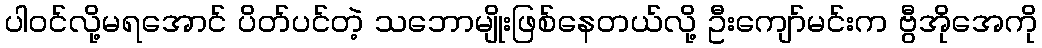
ပါဝင်လို့မရအောင် ပိတ်ပင်တဲ့ သဘောမျိုးဖြစ်နေတယ်လို့ ဦးကျော်မင်းက ဗွီအိုအေကို